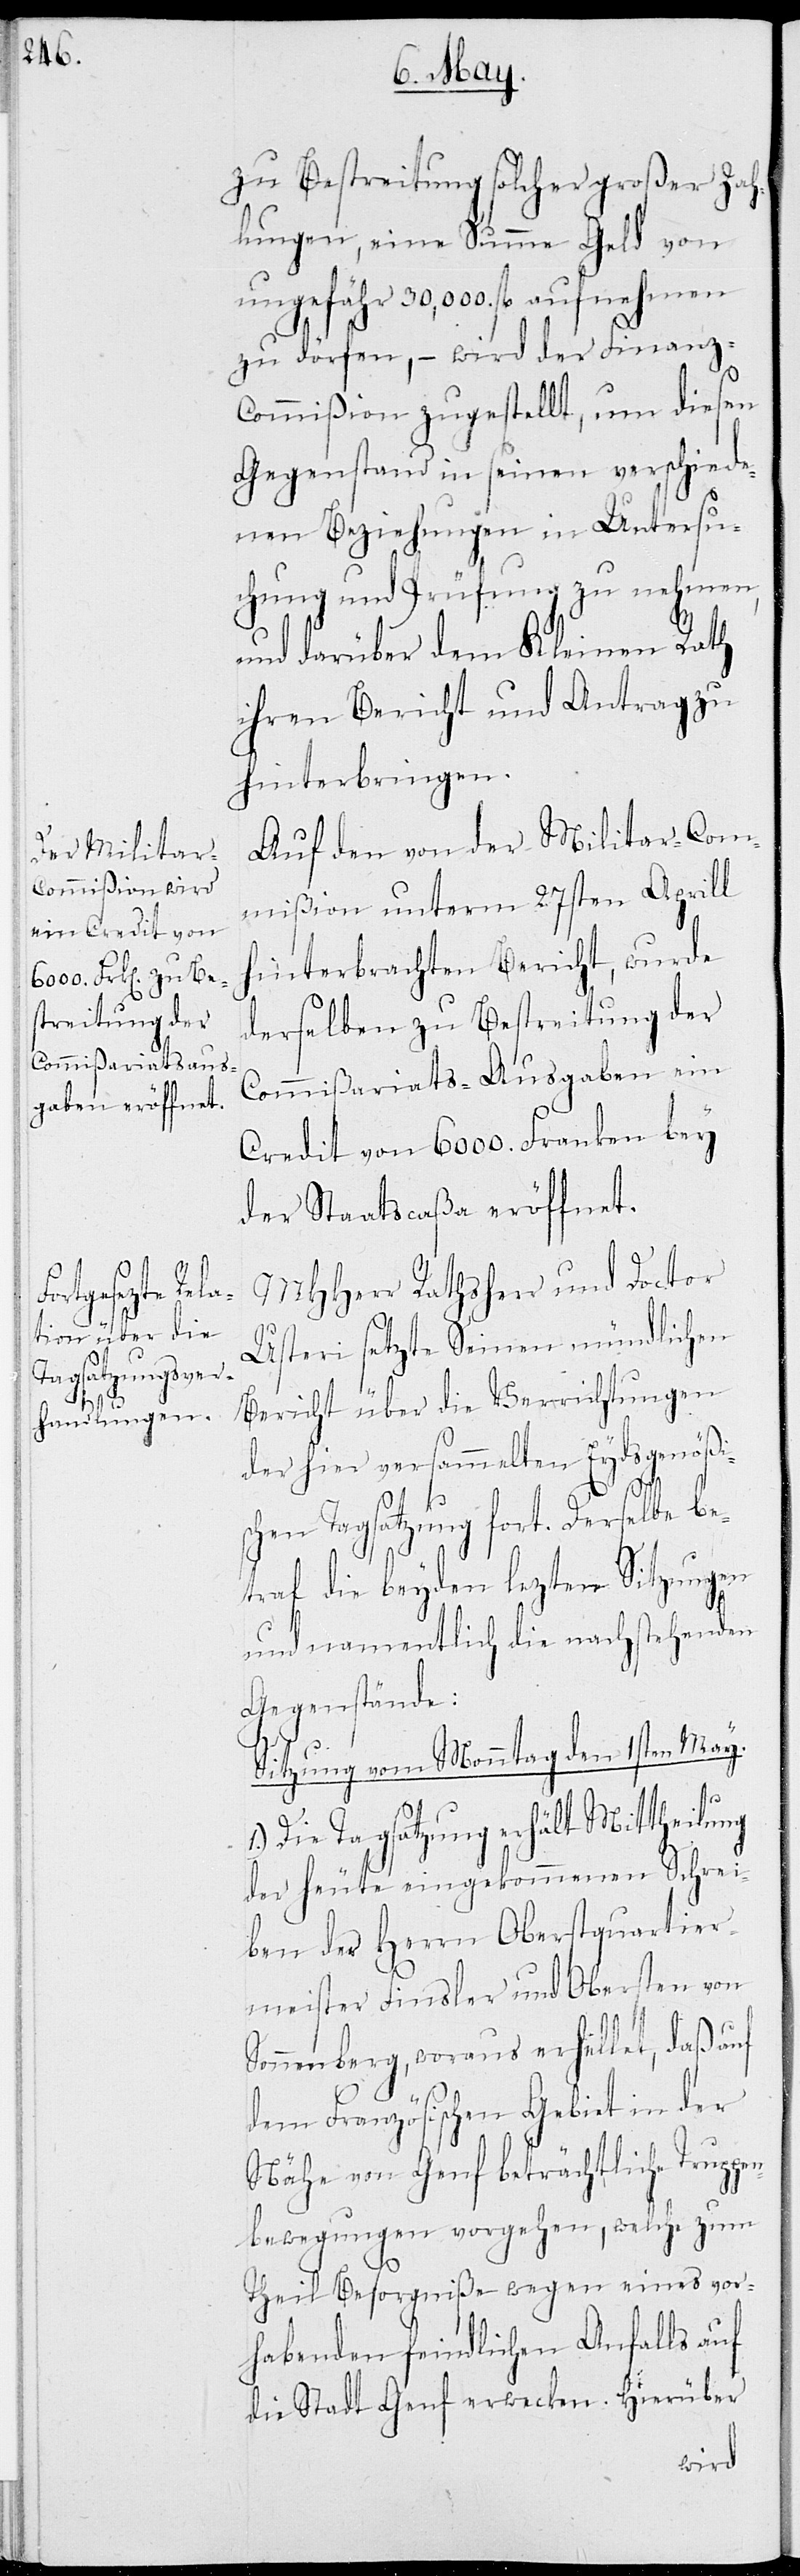
zu Bestreitung solcher großer Zah¬
lungen, eine Summe Geld von
ungefähr 30,000. fl aufnehmen
zu dürfen, – wird der Finanz-C¬
ommißion zugestellt, um diesen
Gegenstand in seinen verschiede¬
nen Beziehungen in Untersu¬
chung und Prüfung zu nehmen,
und darüber dem Kleinen Rath
ihren Bericht und Antrag zu
hinterbringen.
Auf den von der Militar-Com¬
mißion unterm 27. Aprill
hinterbrachten Bericht, wurde
derselben zu Bestreitung der
Commißariats-Ausgaben ein
Credit von 6000. Franken bey
der Staatscaßa eröffnet.
MHerr Rathsherr und Doctor
Usteri setzte seinen mündlichen
Bericht über die Verrichtungen
der hier versammelten Eydsgenößi¬
schen Tagsatzung fort. Derselbe be¬
traf die beyden lezten Sitzungen
und namentlich die nachstehenden
Gegenstände:
Sitzung vom Monntag den 1sten May.
Die Tagsatzung erhält Mittheilung
der heute eingekommenen Schrei¬
ben des Herrn Oberstquartier¬
meister Finsler und Obersten von
Sonnenberg, woraus erhellet, daß auf
dem Französischen Gebiet in der
Nähe von Genf beträchtliche Truppe¬
nbewegungen vorgehen, welche zum
Theil Besorgniße wegen eines vor¬
habenden feindlichen Anfalls auf
die Stadt Genf wecken. Hierüber